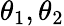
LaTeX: \theta_{1},\theta_{2}